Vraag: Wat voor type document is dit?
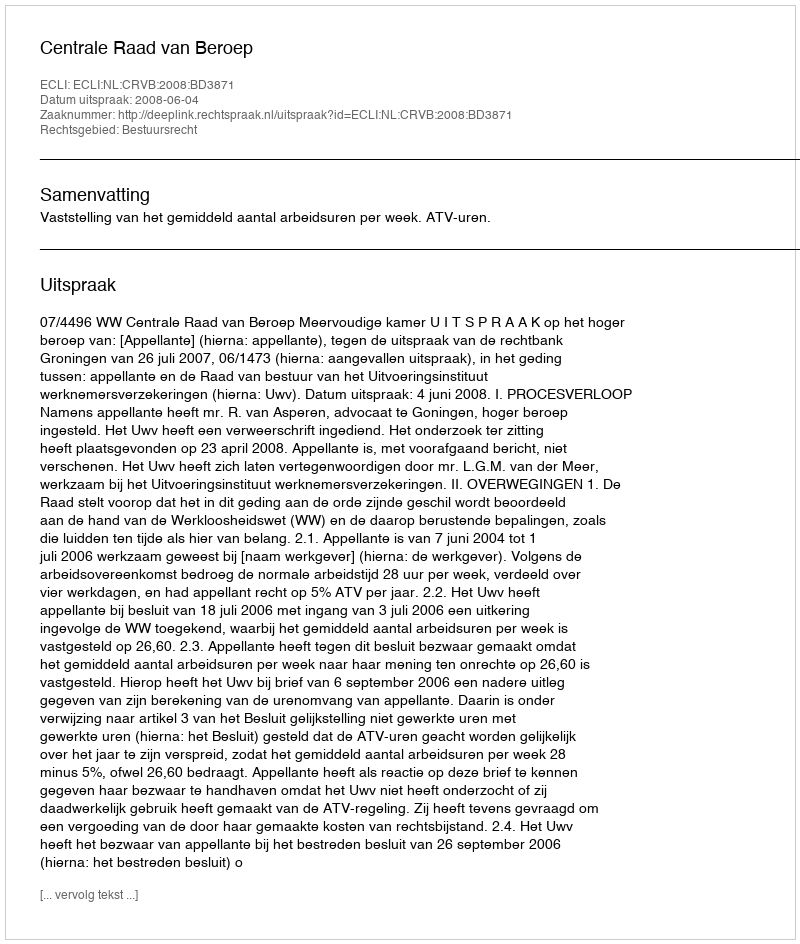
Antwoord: Uitspraak